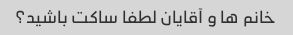
خانم ها و آقایان لطفا ساکت باشید؟